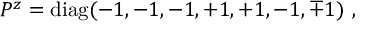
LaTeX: P ^ { z } = \mathrm { d i a g } ( - 1 , - 1 , - 1 , + 1 , + 1 , - 1 , \mp 1 ) ~ , ~ \,